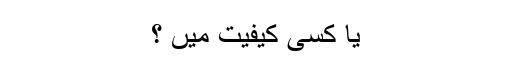
یا کسی کیفیت میں ؟